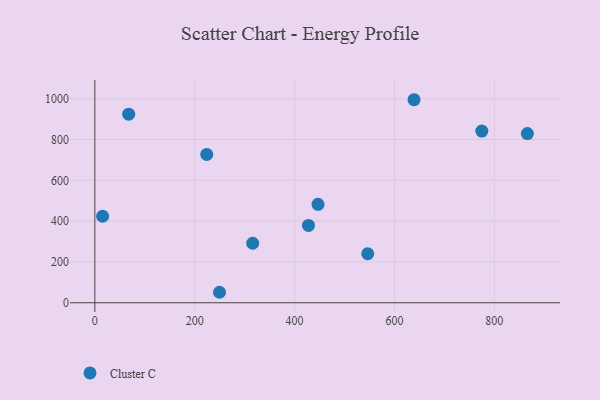
{"axis": {"x": "Study Hours", "y": "Profit"}, "legend": ["Cluster C"], "data": [{"x": "774.9", "y": 841.5, "type": "Cluster C"}, {"x": "446.9", "y": 482.5, "type": "Cluster C"}, {"x": "224.1", "y": 726.8, "type": "Cluster C"}, {"x": "249.6", "y": 51.4, "type": "Cluster C"}, {"x": "15.6", "y": 424.0, "type": "Cluster C"}, {"x": "546.4", "y": 240.3, "type": "Cluster C"}, {"x": "866.1", "y": 829.2, "type": "Cluster C"}, {"x": "639.1", "y": 995.1, "type": "Cluster C"}, {"x": "67.8", "y": 924.4, "type": "Cluster C"}, {"x": "316.1", "y": 291.6, "type": "Cluster C"}, {"x": "427.8", "y": 379.2, "type": "Cluster C"}]}